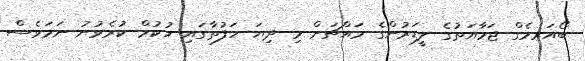
ބޯއަރމެގް ޖަމާއަތުގެ ލީޑަރުންގެ މައްޗަށް މި ދިޔަ ހަފުތާގައި ހުކުމް ކުރެވުނު ނަމަވެސް